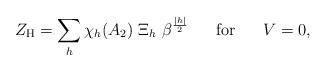
LaTeX: \begin{align*}Z_{\rm H}=\sum_h \chi_h(A_2)~\Xi_h~\beta^{{|h| \over 2}}\;\;\;\;\;\;{\rm for}\;\;\;\;\;\;V=0,\end{align*}